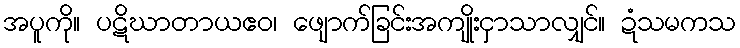
အပူကို။ ပဋိဃာတာယဧဝ၊ ဖျောက်ခြင်းအကျိုးငှာသာလျှင်။ ဍံသမကသ